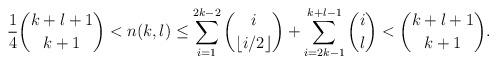
LaTeX: \begin{align*}\frac{1}{4}\binom{k+l+1}{k+1}< n(k,l)\le \sum_{i=1}^{2k-2}\binom{i}{\lfloor i/2\rfloor}+\sum_{i=2k-1}^{k+l-1}\binom{i}{l}<\binom{k+l+1}{k+1}.\end{align*}